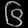
Digit: ၆